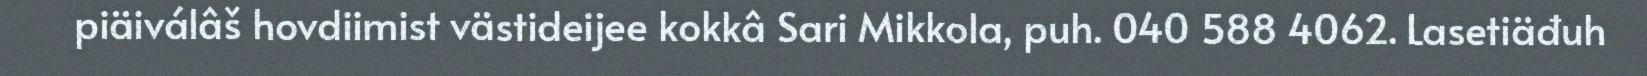
piäiválâš hovdiimist västideijee kokkâ Sari Mikkola, puh. 040 588 4062. Lasetiäđuh